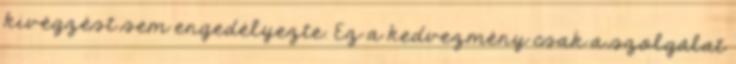
kivégzést sem engedélyezte. Ez a kedvezmény csak a szolgálat